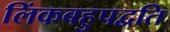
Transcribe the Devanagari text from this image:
लिंकबहुपद्वति